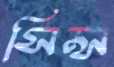
সিন্স